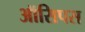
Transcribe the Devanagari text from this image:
ऑसिपस